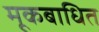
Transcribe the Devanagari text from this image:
मूकबाधित